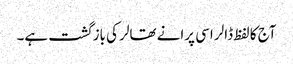
آج کا لفظ ڈالر اسی پرانے تھالر کی بازگشت ہے۔